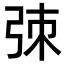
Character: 𫸮